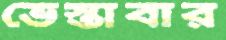
ভেস্তাবার